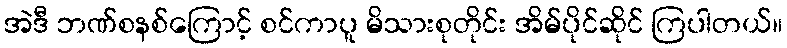
အဲဒီ ဘဏ်စနစ်ကြောင့် စင်ကာပူ မိသားစုတိုင်း အိမ်ပိုင်ဆိုင် ကြပါတယ်။